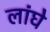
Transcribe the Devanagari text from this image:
लांघे